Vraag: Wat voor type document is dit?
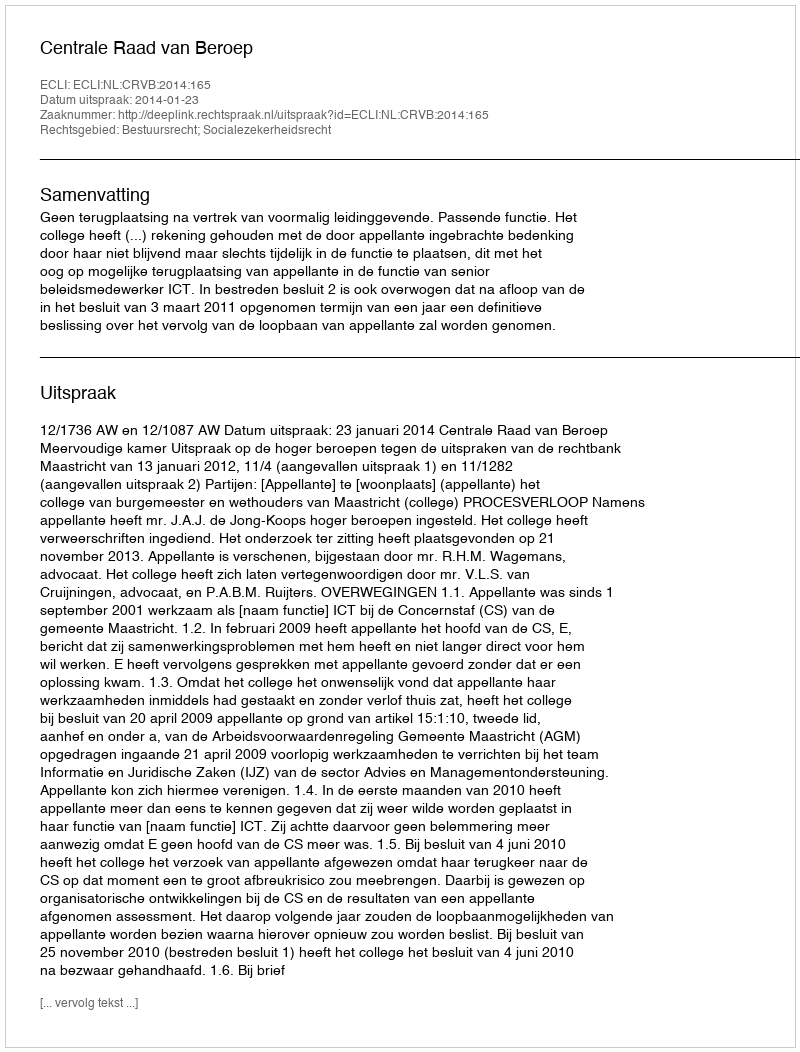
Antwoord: Uitspraak